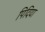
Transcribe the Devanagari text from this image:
पिदिया